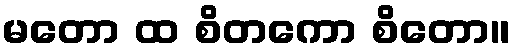
မတော ထ စိတကော စိတော။